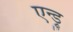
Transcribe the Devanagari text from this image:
एन्ड्रु